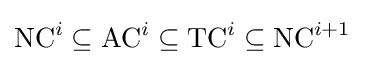
{\mbox{NC}}^{i}\subseteq {\mbox{AC}}^{i}\subseteq {\mbox{TC}}^{i}\subseteq {\mbox{NC}}^{i+1}